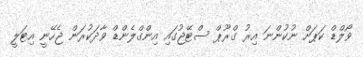
ވޯލްޑް ކަޕަށް ނުކުންނަ އިރު ގްރޫޕް ސްޓޭޖުގައި އިންގްލެންޑް ވާދަކުރަން ޖެހޭނީ އިޓަލީ